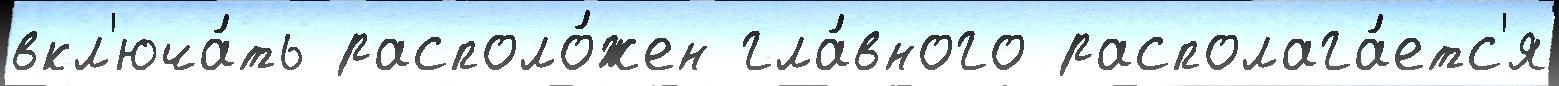
вкл'юча́ть располо́жен гла́вного располага́етс'я